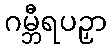
ဂမ္ဘီရပဉှာ